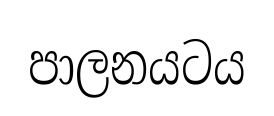
පාලනයටය